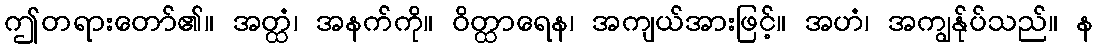
ဤတရားတော်၏။ အတ္ထံ၊ အနက်ကို။ ဝိတ္ထာရေန၊ အကျယ်အားဖြင့်။ အဟံ၊ အကျွန်ုပ်သည်။ န